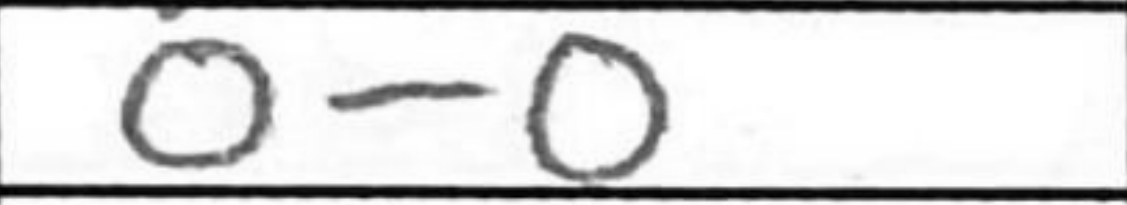
Transcription: O-O